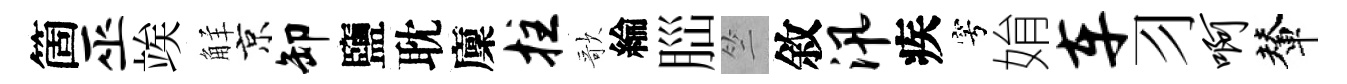
箇巫竢觧京卸鹽耽廩拄歌綸𦛁竺敘汛疾穹姢车习啊輦